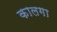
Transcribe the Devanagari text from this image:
कालगा